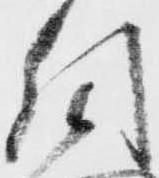
引